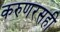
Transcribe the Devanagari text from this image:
करुणरसही